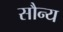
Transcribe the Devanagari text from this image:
सौन्य